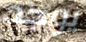
يوجد